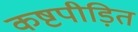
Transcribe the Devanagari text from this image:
कष्टपीड़ित